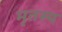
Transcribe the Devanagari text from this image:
मृतस्य